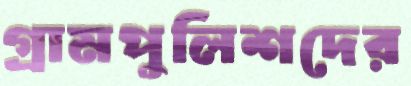
গ্রামপুলিশদের